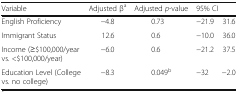
<table><thead><tr><td><b>Variable</b></td><td><b>Adjusted β<sup>a</sup></b></td><td><b>Adjusted <i>p</i>-value</b></td><td colspan="2"><b>95% CI</b></td></tr></thead><tbody><tr><td>English Proficiency</td><td>−4.8</td><td>0.73</td><td>−21.9</td><td>31.6</td></tr><tr><td>Immigrant Status</td><td>12.6</td><td>0.6</td><td>−10.0</td><td>36.0</td></tr><tr><td>Income (≥$100,000/year vs. &lt;$100,000/year)</td><td>−6.0</td><td>0.6</td><td>−21.2</td><td>37.5</td></tr><tr><td>Education Level (College vs. no college)</td><td>−8.3</td><td>0.049<sup>b</sup></td><td>−32</td><td>−2.0</td></tr></tbody></table>